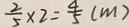
\frac { 2 } { 5 } \times 2 = \frac { 4 } { 5 } ( m )